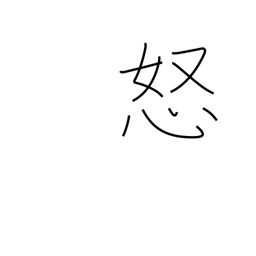
Meaning: be offended